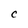
Character: C